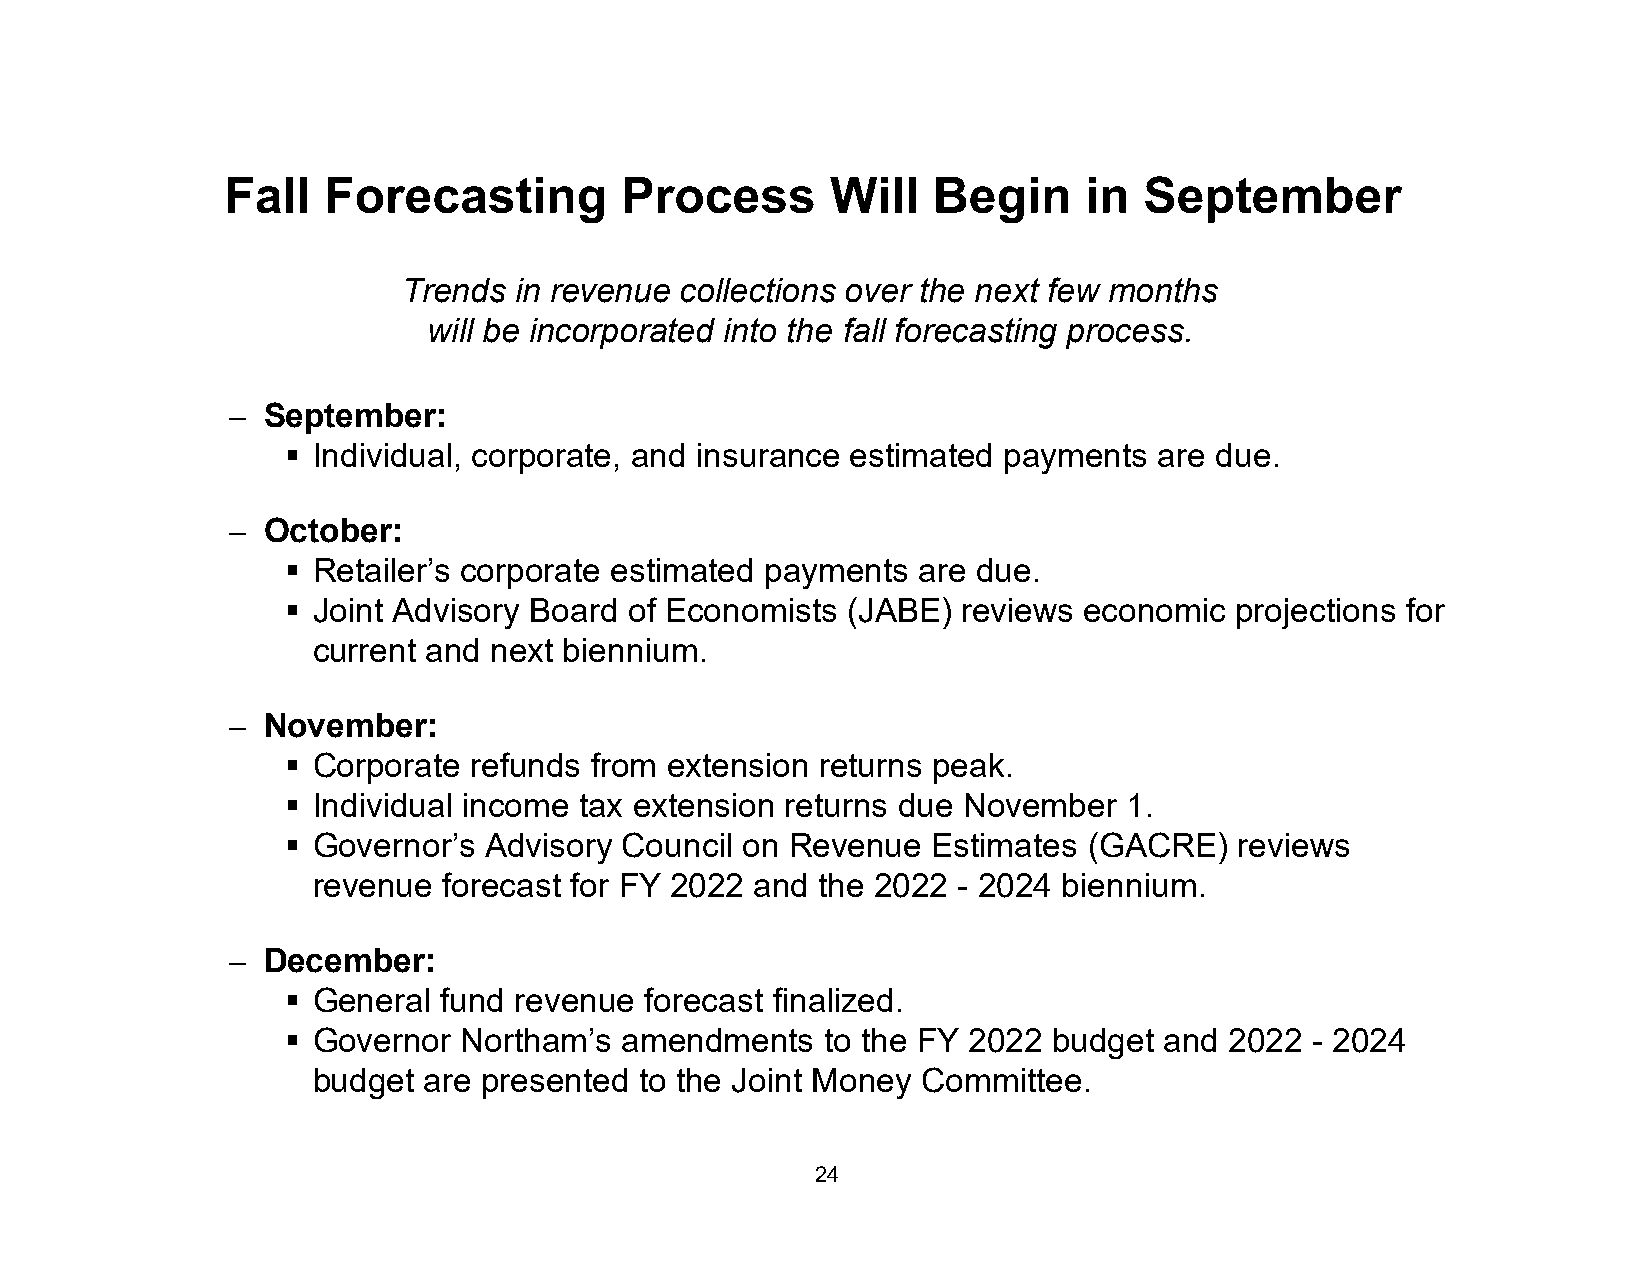
Fall  Forecasting         Process       Will   Begin     in  September
 Trends in revenue collections over the next few months
 will be incorporated into the fall forecasting process.
 – September:
  Individual, corporate, and insurance estimated payments are due.
 – October:
  Retailer’s corporate estimated payments are due.
  Joint Advisory Board of Economists (JABE)  reviews economic  projections for
 current and next biennium.
 – November:
  Corporate refunds from extension returns peak.
  Individual income tax extension returns due November  1.
  Governor’s Advisory Council on Revenue   Estimates (GACRE)   reviews
 revenue forecast for FY 2022 and the 2022 - 2024 biennium.
 – December:
  General fund revenue  forecast finalized.
  Governor  Northam’s amendments    to the FY 2022 budget and 2022  - 2024
 budget are presented to the Joint Money Committee.
 24